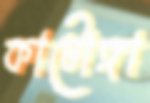
কাটোঙ্গা